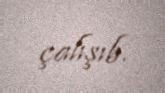
çalışıb.